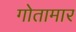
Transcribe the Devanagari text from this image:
गोतामार